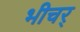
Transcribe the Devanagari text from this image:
भीचर्